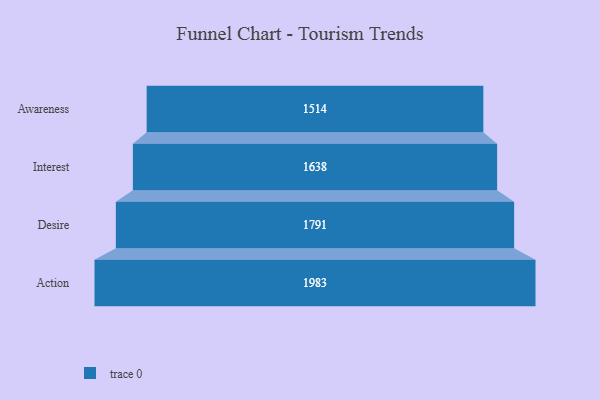
{"axis": {"x": "Stage", "y": "Value"}, "legend": [""], "data": [{"x": "Awareness", "y": 1514.0, "type": ""}, {"x": "Interest", "y": 1638.0, "type": ""}, {"x": "Desire", "y": 1791.0, "type": ""}, {"x": "Action", "y": 1983.0, "type": ""}]}